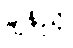
ချိန်ညှိ